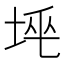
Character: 𡋸